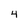
Character: 4